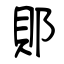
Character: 郥